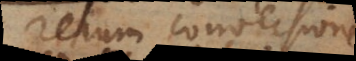
rerum conversione